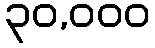
၃၀,၀၀၀